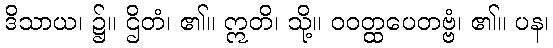
ဒိသာယ၊ ၌။ ဌိတံ၊ ၏။ ဣတိ၊ သို့။ ဝဝတ္ထပေတဗ္ဗံ၊ ၏။ ပန၊